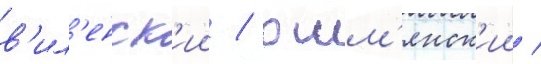
в'ил'енск'ии / ошм'янск'ии /